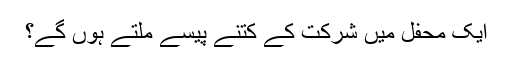
ایک محفل میں شرکت کے کتنے پیسے ملتے ہوں گے؟